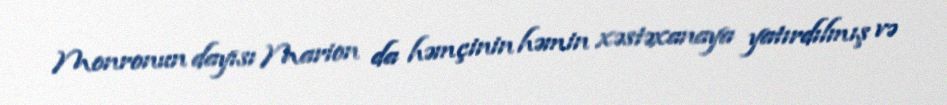
Monronun dayısı Marion da həmçinin həmin xəstəxanaya yatırdılmış və